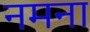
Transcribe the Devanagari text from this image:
नमना